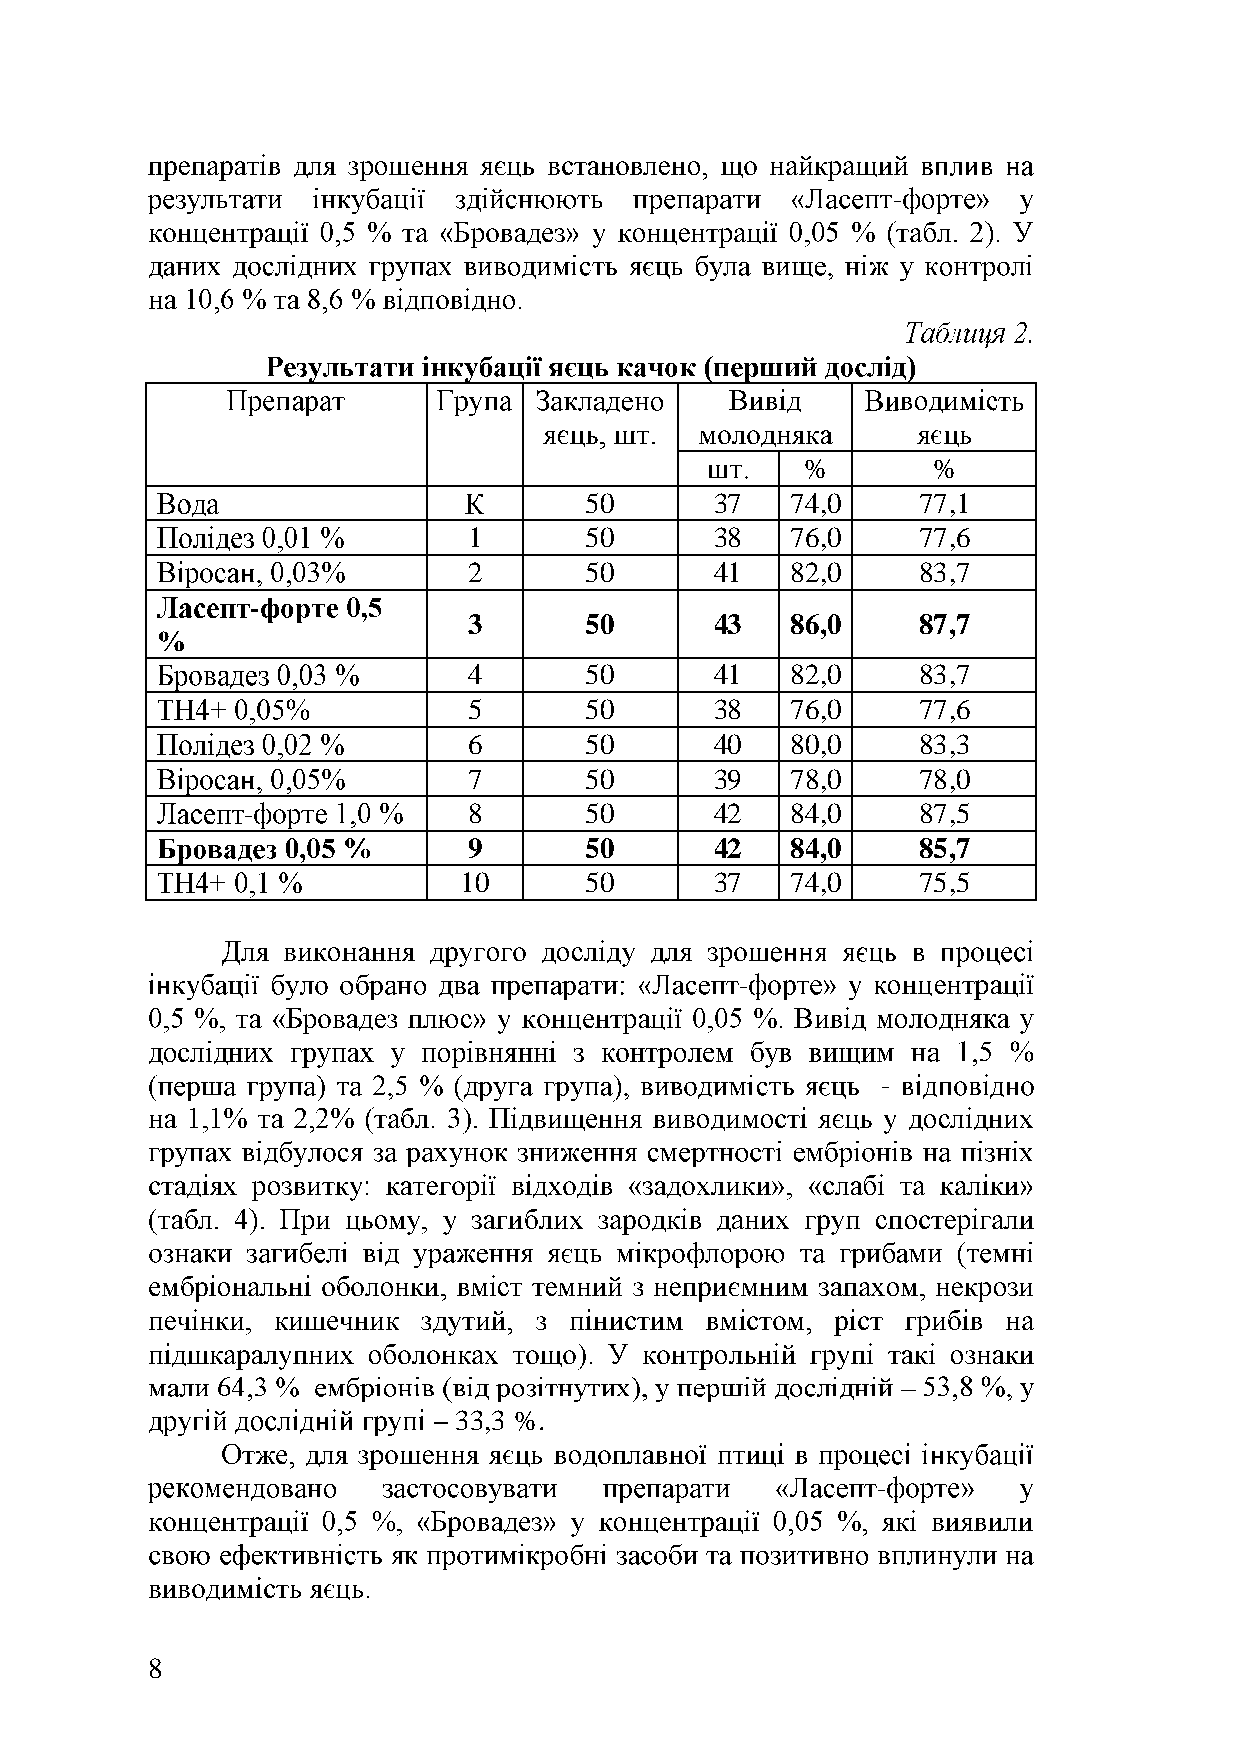
-
 %        %
 50      37   74,0     77,1
 1       50      38   76,0     77,6
 2       50      41   82,0     83,7
 -
 3       50      43   86,0     87,7
 %
 4       50      41   82,0     83,7
 5       50      38   76,0     77,6
 6       50      40   80,0     83,3
 7       50      39   78,0     78,0
 -              8       50      42   84,0     87,5
 9       50      42   84,0     85,7
 10       50      37   74,0     75,5
 -
 -
 33,3 %.
 -
 8